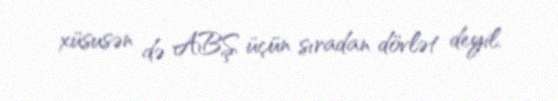
xüsusən də ABŞ üçün sıradan dövlət deyil.